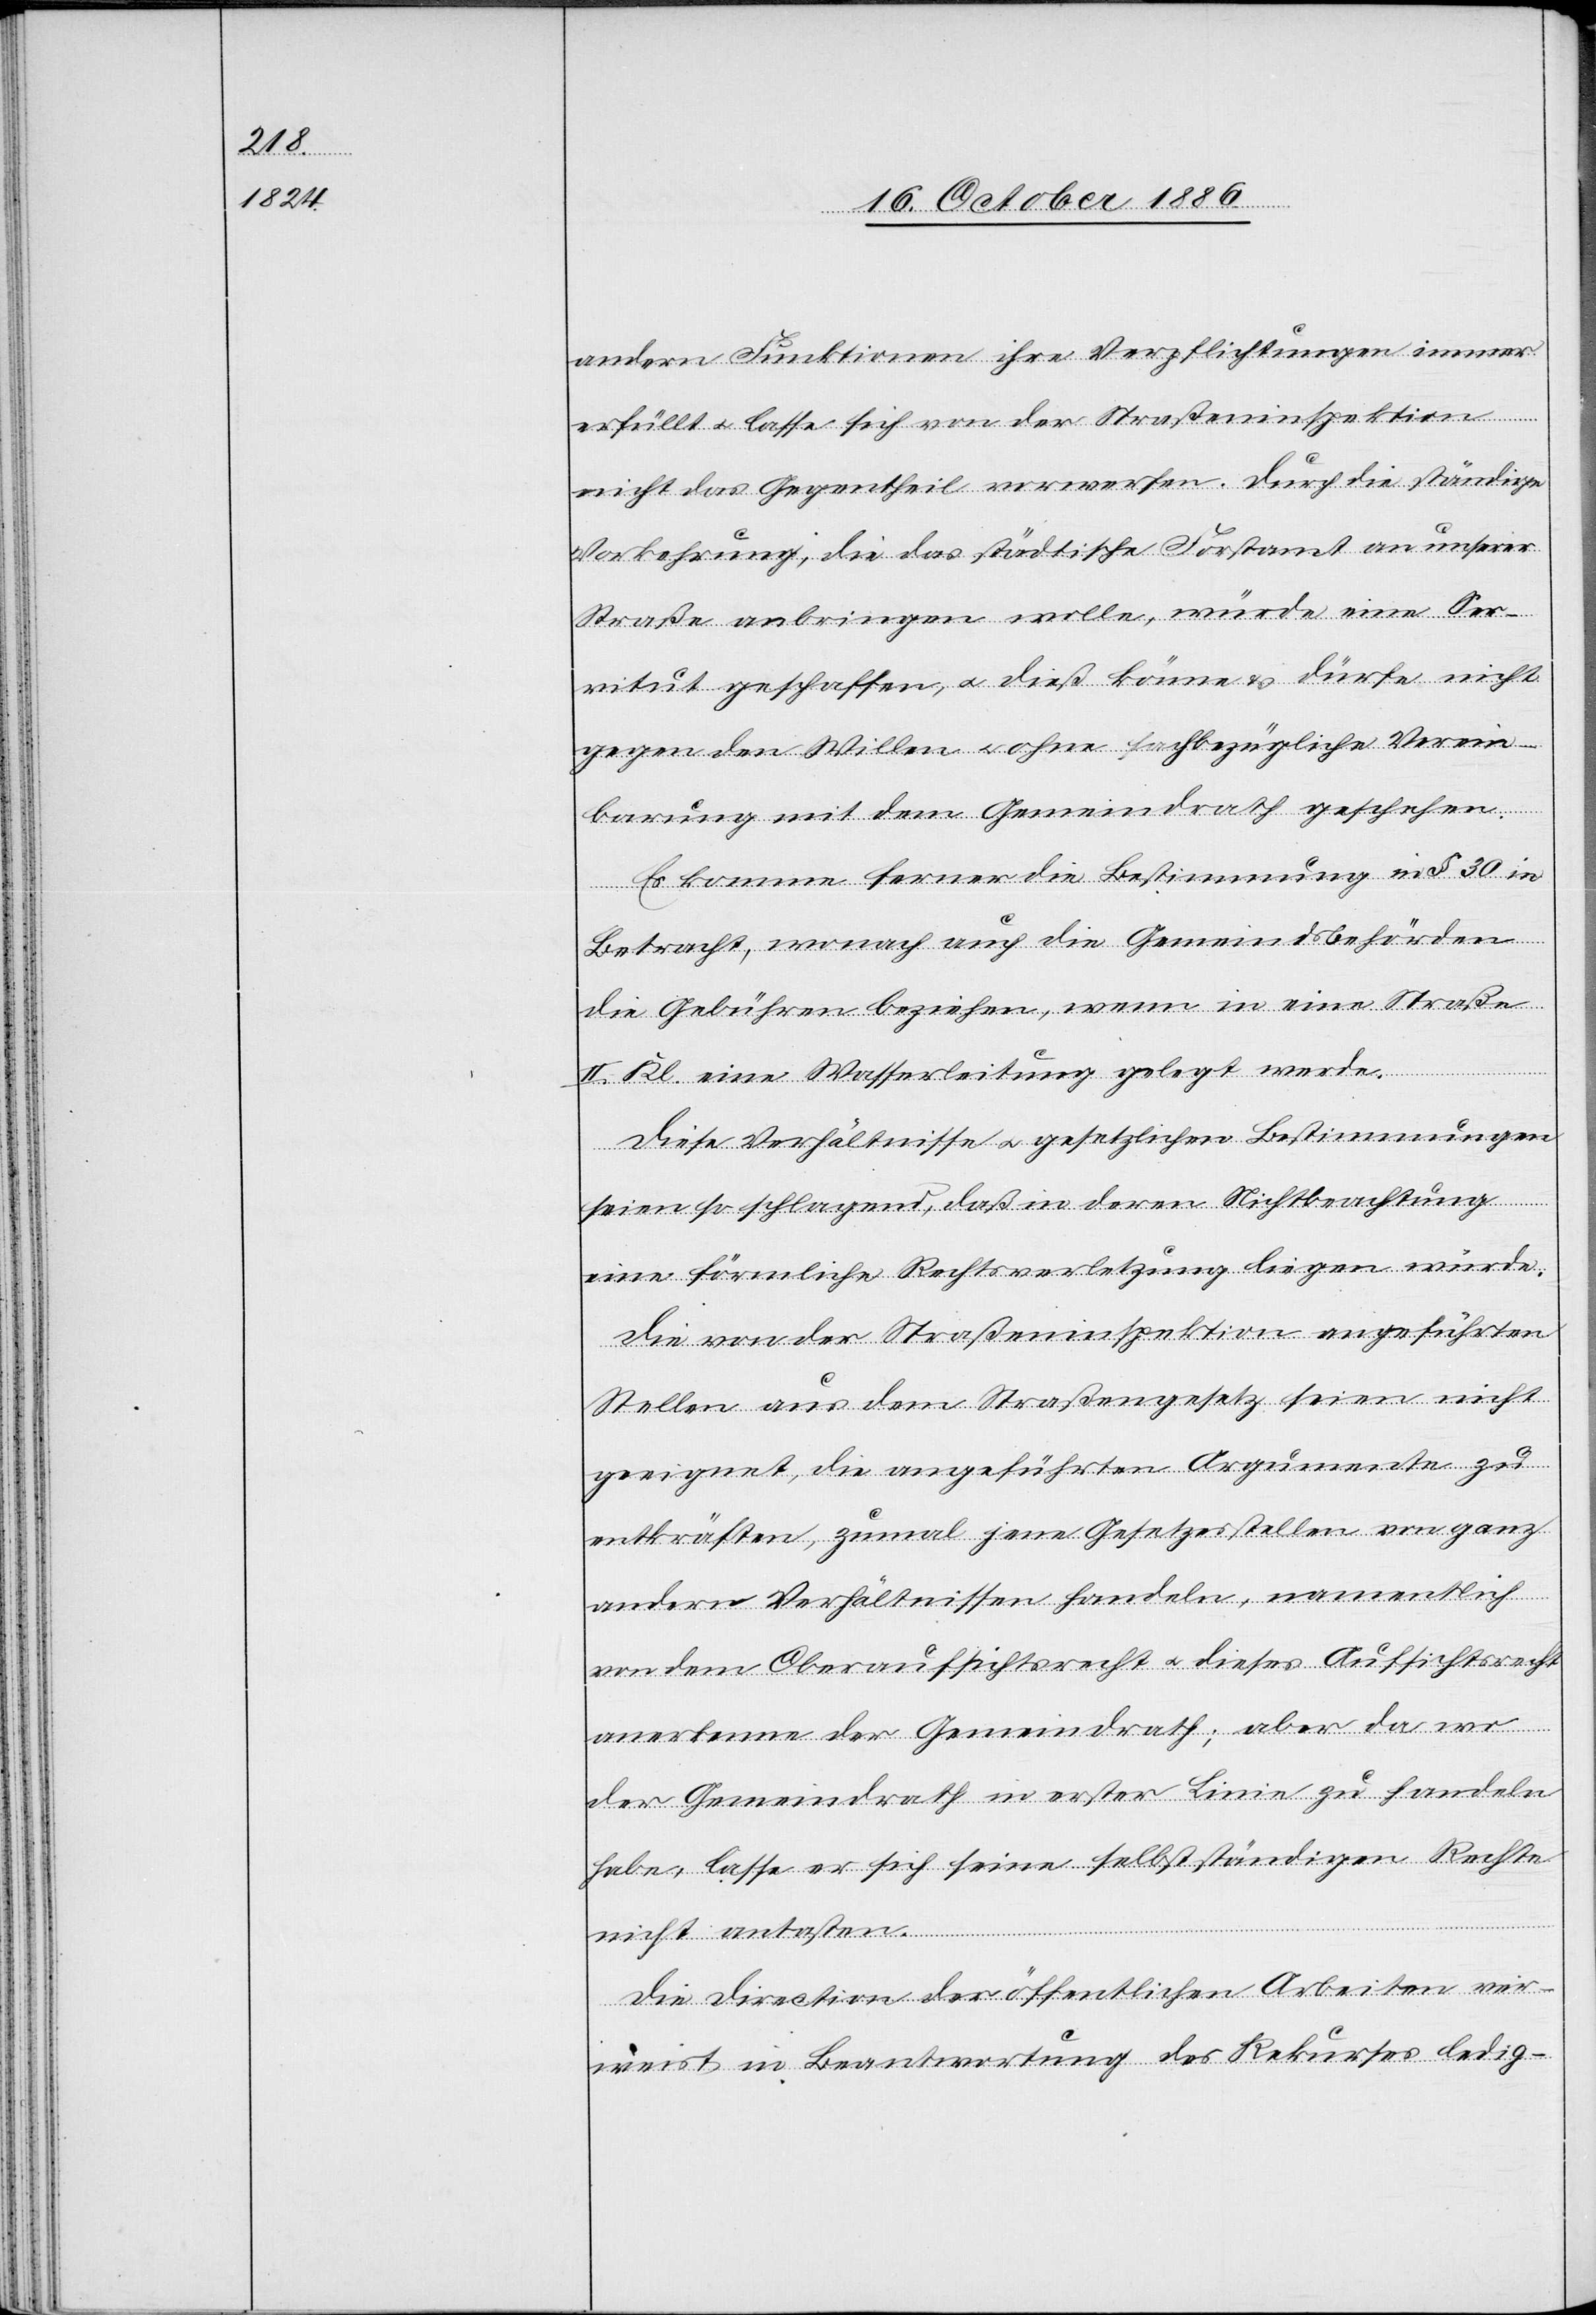
andern Funktionen ihre Verpflichtungen immer
erfüllt & lasse sich von der Straßeninspektion
nicht das Gegentheil vorwerfen. Durch die ständige
Vorkehrung, die das städtische Forstamt an unserer
Straße anbringen wolle, würde eine Ser¬
vitut geschaffen, & dieß könne & dürfe nicht
gegen den Willen & ohne sachbezügliche Verein¬
barung mit dem Gemeindrath geschehen.
Es komme ferner die Bestimmung in § 30 in
Betracht, wonach auch die Gemeindsbehörden
die Gebühren beziehen, wenn in eine Straße
II. Kl. eine Wasserleitung gelegt werde.
Diese Verhältnisse & gesetzlichen Bestimmungen
seien so schlagend, daß in deren Nichtbeachtung
eine förmliche Rechtsverletzung liegen würde.
Die von der Straßeninspektion angeführten
Stellen aus dem Straßengesetz seien nicht
geeignet, die angeführten Argumente zu
entkräften, zumal jene Gesetzesstellen von ganz
andern Verhältnissen handeln, namentlich
von dem Oberaufsichtsrecht & dieses Aufsichtsrecht
anerkenne der Gemeindrath; aber da wo
der Gemeindrath in erster Linie zu handeln
habe, lasse er sich seine selbstständigen Rechte
nicht antasten.
Die Direction der öffentlichen Arbeiten ver¬
weist in Beantwortung des Rekurses ledig-